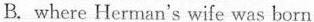
B. where Herman's wife was born